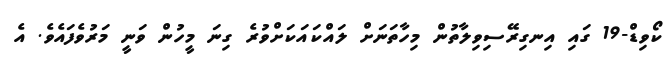
ކޯވިޑް-19 ގައި އިނގިރޭސިވިލާތުން މިހާތަނަށް ލައްކައަކަށްވުރެ ގިނަ މީހުން ވަނީ މަރުވެފައެވެ. އެ